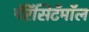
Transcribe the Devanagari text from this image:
पॅरॅसिटॅमॉल